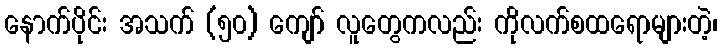
နောက်ပိုင်း အသက် (၅၀) ကျော် လူတွေကလည်း ကိုလက်စထရောများတဲ့၊